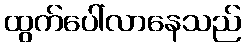
ထွက်ပေါ်လာနေသည်